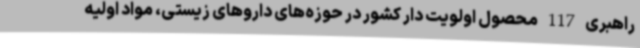
راهبری 117 محصول اولویت دار کشور در حوزه‌های داروهای زیستی، مواد اولیه